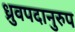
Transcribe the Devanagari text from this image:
ध्रुवपदानुरुप